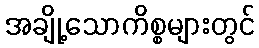
အချို့သောကိစ္စများတွင်